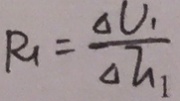
R _ { 1 } = \frac { \Delta V _ { 1 } } { \Delta I _ { 1 } }